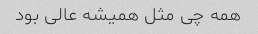
همه چی مثل همیشه عالی بود